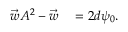
\begin{array} { r l } { \vec { w } A ^ { 2 } - \vec { w } } & { { } = 2 d \psi _ { 0 } . } \end{array}